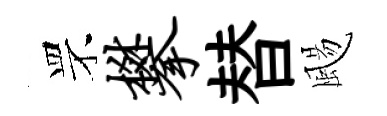
罘攀替颺